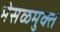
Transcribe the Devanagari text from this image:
भेसळमुक्त